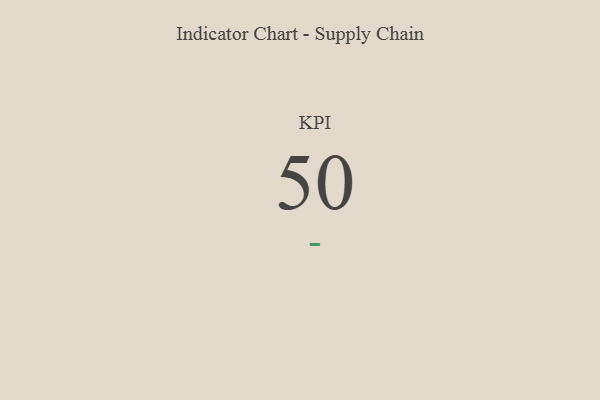
{"axis": {"x": "KPI", "y": "Value"}, "legend": [""], "data": [{"x": "KPI", "y": 50, "type": ""}]}